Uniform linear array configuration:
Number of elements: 4
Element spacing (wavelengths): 0.5
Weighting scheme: kaiser
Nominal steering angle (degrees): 30
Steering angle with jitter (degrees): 29.715
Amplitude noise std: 0.05
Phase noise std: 0.05

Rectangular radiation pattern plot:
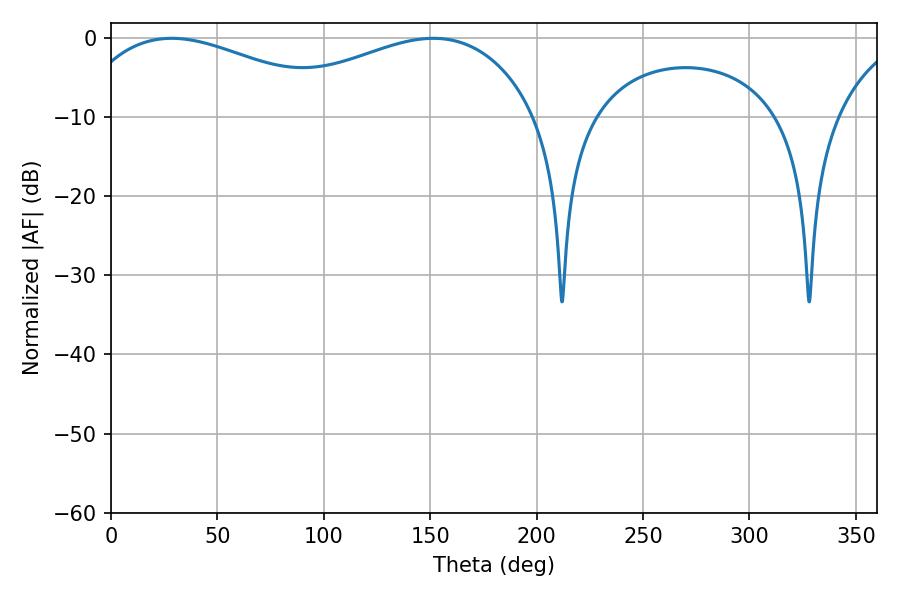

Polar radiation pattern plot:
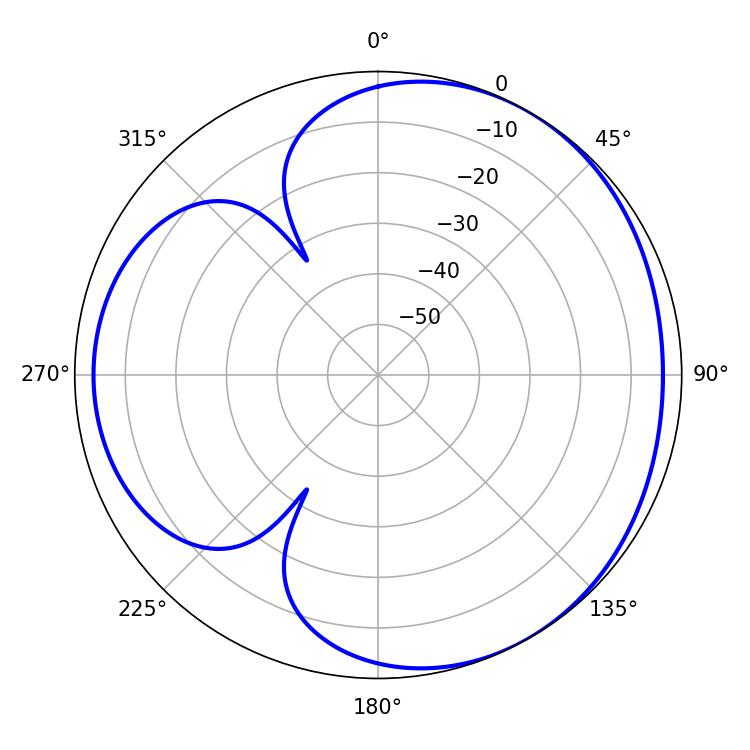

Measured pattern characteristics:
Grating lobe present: FALSE
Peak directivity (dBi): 3.516
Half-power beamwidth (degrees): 72.18
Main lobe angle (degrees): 28.44